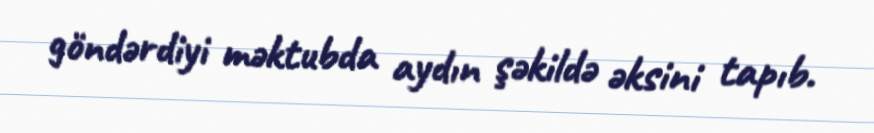
göndərdiyi məktubda aydın şəkildə əksini tapıb.